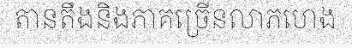
តានតឹងនិងភាគច្រើនលាភហេង